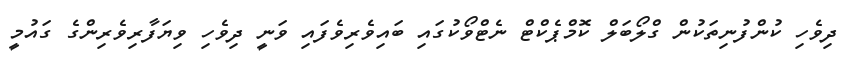
ދިވެހި ކުންފުނިތަކުން ގްލޯބަލް ކޮމްޕެކްޓް ނެޓްވޯކުގައި ބައިވެރިވެފައި ވަނީ ދިވެހި ވިޔަފާރިވެރިންގެ ގައުމީ